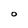
Character: O